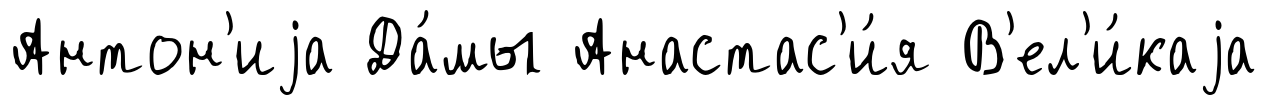
Антон'иjа Да́мы Анастас'и́я В'ел'и́каjа